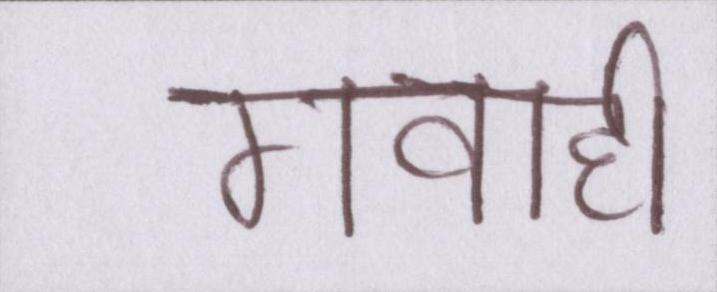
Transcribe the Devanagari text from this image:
गवाही